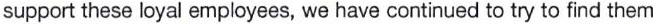
support these loyal ermployees, we have continued to try to find them